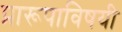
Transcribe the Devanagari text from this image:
प्रारूपाविषयी